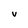
Character: V